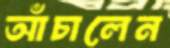
আঁচালেন